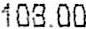
108.00